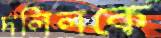
দলিলকে